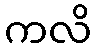
ကလိ